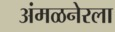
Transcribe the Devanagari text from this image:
अंमळनेरला